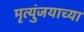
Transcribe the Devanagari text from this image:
मृत्युंजयाच्या